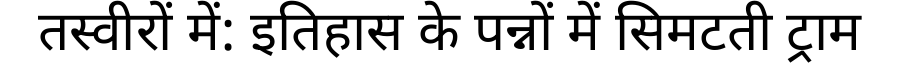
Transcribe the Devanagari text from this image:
तस्वीरों में: इतिहास के पन्नों में सिमटती ट्राम